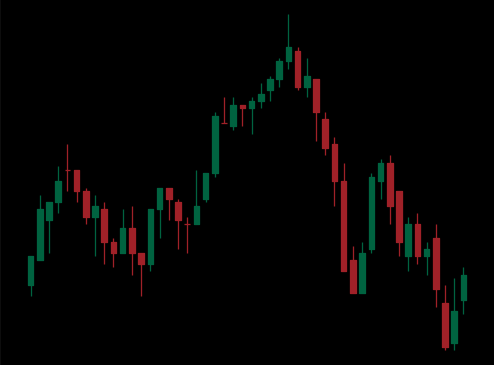
Pattern: head_shoulders